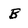
Character: B